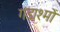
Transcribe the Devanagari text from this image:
गंडाश्मों